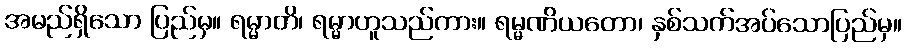
အမည်ရှိသော ပြည်မှ။ ရမ္မာတိ၊ ရမ္မာဟူသည်ကား။ ရမ္မဏိယတော၊ နှစ်သက်အပ်သောပြည်မှ။